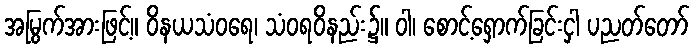
အမြွက်အားဖြင့်။ ဝိနယသံဝရေ၊ သံဝရဝိနည်း၌။ ဝါ၊ စောင့်ရှောက်ခြင်းငှါ ပညတ်တော်